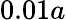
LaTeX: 0.01a